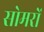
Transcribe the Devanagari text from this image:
सोमरों